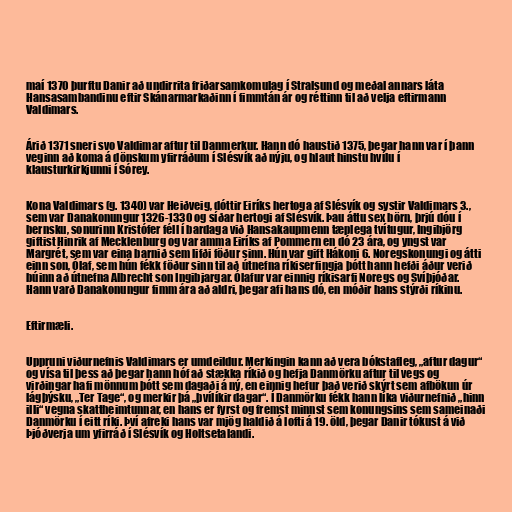
maí 1370 þurftu Danir að undirrita friðarsamkomulag í Stralsund og meðal annars láta
Hansasambandinu eftir Skánarmarkaðinn í fimmtán ár og réttinn til að velja eftirmann
Valdimars.

Árið 1371 sneri svo Valdimar aftur til Danmerkur. Hann dó haustið 1375, þegar hann var í þann
veginn að koma á dönskum yfirráðum í Slésvík að nýju, og hlaut hinstu hvílu í
klausturkirkjunni í Sórey.

Kona Valdimars (g. 1340) var Heiðveig, dóttir Eiríks hertoga af Slésvík og systir Valdimars 3.,
sem var Danakonungur 1326-1330 og síðar hertogi af Slésvík. Þau áttu sex börn, þrjú dóu í
bernsku, sonurinn Kristófer féll í bardaga við Hansakaupmenn tæplega tvítugur, Ingibjörg
giftist Hinrik af Mecklenburg og var amma Eiríks af Pommern en dó 23 ára, og yngst var
Margrét, sem var eina barnið sem lifði föður sinn. Hún var gift Hákoni 6. Noregskonungi og átti
einn son, Ólaf, sem hún fékk föður sinn til að útnefna ríkiserfingja þótt hann hefði áður verið
búinn að útnefna Albrecht son Ingibjargar. Ólafur var einnig ríkisarfi Noregs og Svíþjóðar.
Hann varð Danakonungur fimm ára að aldri, þegar afi hans dó, en móðir hans stýrði ríkinu.

Eftirmæli.

Uppruni viðurnefnis Valdimars er umdeildur. Merkingin kann að vera bókstafleg, „aftur dagur“
og vísa til þess að þegar hann hóf að stækka ríkið og hefja Danmörku aftur til vegs og
virðingar hafi mönnum þótt sem dagaði á ný, en einnig hefur það verið skýrt sem afbökun úr
lágþýsku, „Ter Tage“, og merkir þá „þvílíkir dagar“. Í Danmörku fékk hann líka viðurnefnið „hinn
illi“ vegna skattheimtunnar, en hans er fyrst og fremst minnst sem konungsins sem sameinaði
Danmörku í eitt ríki. Því afreki hans var mjög haldið á lofti á 19. öld, þegar Danir tókust á við
Þjóðverja um yfirráð í Slésvík og Holtsetalandi.